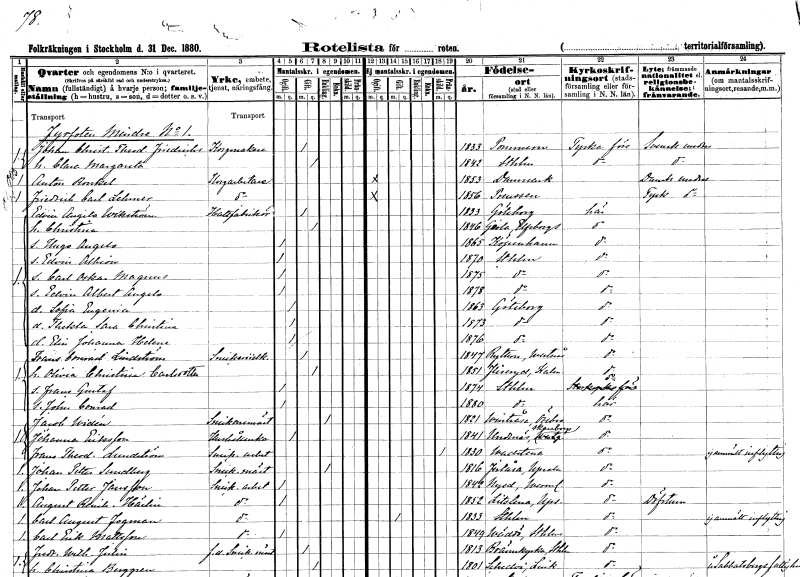
gt_parse: households: individuals: FN: Johan Christian Theodor
EN: Friedrichs
YRKE: Korgmakare
KON: M
CIV: G
FODAR: 1833
FN: Clara Margareta
KON: K
CIV: G
FODAR: 1842
FODFORS: Stockholm
FN: Anton
EN: Ronkel
YRKE: Korgarbetare
KON: M
CIV: O
FODAR: 1853
FN: Friedrich Carl
EN: Lehmer
YRKE: Korgarbetare
KON: M
CIV: O
FODAR: 1856
FN: Edvin Angelo
EN: Wikström
YRKE: Hattfabrikör
KON: M
CIV: G
FODAR: 1833
FODFORS: Göteborg Göteborgs- och Bohuslän
FN: Christina
KON: K
CIV: G
FODAR: 1846
FODFORS: Gestad Älvsborgs län
FN: Hugo Angelo
KON: M
CIV: O
FODAR: 1865
FN: Edvin Albion
KON: M
CIV: O
FODAR: 1870
FODFORS: Stockholm
FN: Carl Oskar Magnus
KON: M
CIV: O
FODAR: 1875
FODFORS: Stockholm
FN: Edvin Albert Angelo
KON: M
CIV: O
FODAR: 1878
FODFORS: Stockholm
FN: Sofia Eugenia
KON: K
CIV: O
FODAR: 1863
FODFORS: Göteborg Göteborgs- och Bohuslän
FN: Thekla Sara Christina
KON: K
CIV: O
FODAR: 1873
FODFORS: Göteborg Göteborgs- och Bohuslän
FN: Elin Johanna Helena
KON: K
CIV: O
FODAR: 1876
FODFORS: Göteborg Göteborgs- och Bohuslän
FN: Frans Conrad
EN: Lindström
YRKE: Snickeriidkare
KON: M
CIV: G
FODAR: 1847
FODFORS: Rytterne Västmanlands län
FN: Olivia Christina
EN: Carlsdotter
KON: K
CIV: G
FODAR: 1851
FODFORS: Fliseryd Kalmar län
FN: Frans Gustaf
KON: M
CIV: O
FODAR: 1874
FODFORS: Stockholm
FN: John Conrad
KON: M
CIV: O
FODAR: 1880
FODFORS: Stockholm
FN: Jacob
EN: Widén
YRKE: Snickaremästare
KON: M
CIV: E
FODAR: 1821
FODFORS: Vintrosa Örebro län
FN: Johanna
EN: Eriksson
YRKE: Hushållerska
KON: K
CIV: O
FODAR: 1841
FODFORS: Undenäs Skaraborgs län
FN: Frans Theodor
EN: Lundström
YRKE: Snickeriarbetare
KON: M
CIV: X
FODAR: 1830
FODFORS: Vadstena Östergötlands län
FN: Johan Petter
EN: Sundberg
YRKE: Snickaremästare
KON: M
CIV: E
FODAR: 1816
FODFORS: Järlåsa Uppsala län
FN: Johan Petter
EN: Jansson
YRKE: Snickeriarbetare
KON: M
CIV: O
FODAR: 1842
FODFORS: Nyed Värmlands län
FN: August Reinhold
EN: Härlin
YRKE: Snickeriarbetare
KON: M
CIV: O
FODAR: 1852
FODFORS: Litslena Uppsala län
FN: Carl August
EN: Fogman
YRKE: Snickeriarbetare
KON: M
CIV: G
FODAR: 1833
FODFORS: Stockholm
FN: Carl Erik
EN: Mattsson
YRKE: Snickeriarbetare
KON: M
CIV: O
FODAR: 1849
FODFORS: Väddö Stockholms län
FN: Fredrik Wilhelm
EN: Julin
YRKE: Snickaremästare f.d.
KON: M
CIV: G
FODAR: 1813
FODFORS: Brännkyrka Stockholms län
FN: Christina
EN: Berggren
KON: K
CIV: G
FODAR: 1801
FODFORS: Skedevi Östergötlands län